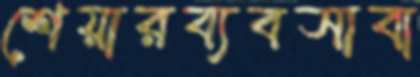
শেয়ারব্যবসাবা